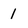
Character: 1